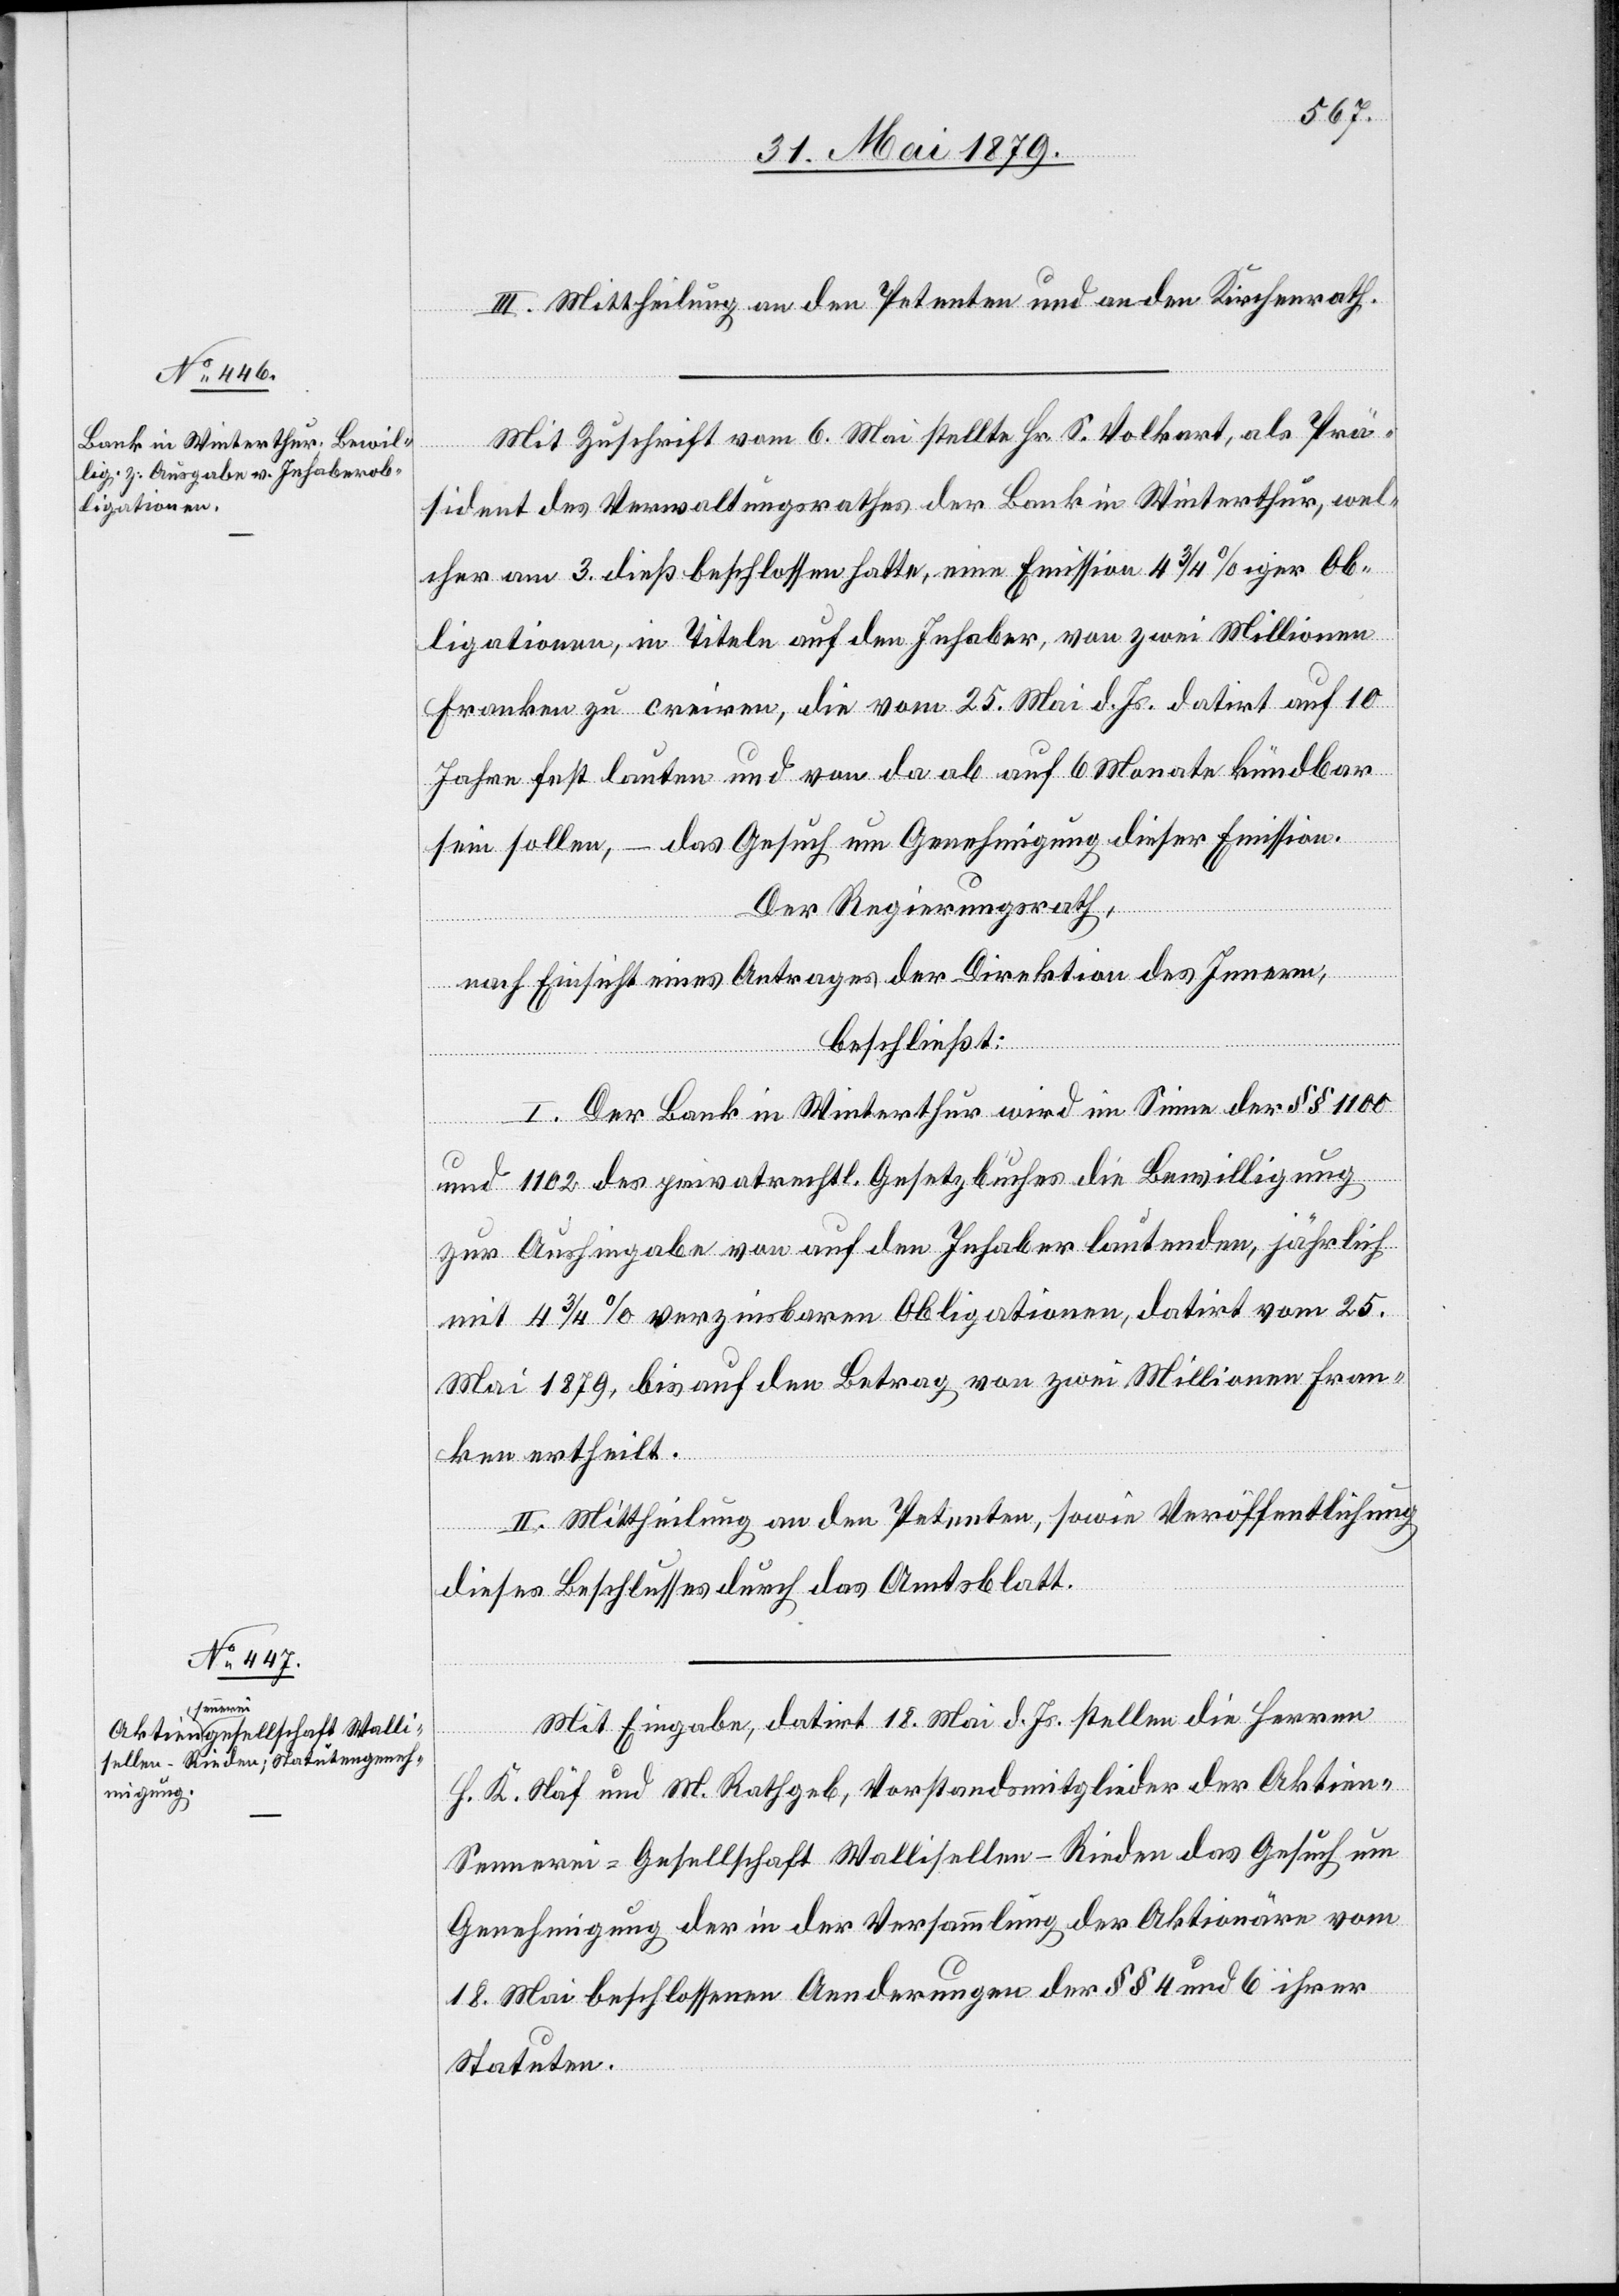
III. Mittheilung an den Petenten und an den Kirchenrath.
Mit Zuschrift vom 6. Mai stellte Hr. S. Volkart, als Prä¬
sident des Verwaltungsrathes der Bank in Winterthur, wel¬
cher am 3. dieß beschlossen hatte, eine Emission 4 3/4%iger Ob¬
ligationen, in Titeln auf den Inhaber, von zwei Millionen
Franken zu creiren, die vom 25. Mai d. Js. datirt auf 10
Jahre fest lauten und von da ab auf 6 Monate kündbar
sein sollen, – das Gesuch um Genehmigung dieser Emission.
Der Regierungsrath,
nach Einsicht eines Antrages der Direktion des Innern,
beschließt:
I. Der Bank in Winterthur wird im Sinne der §§ 1100
und 1102 des privatrechtl. Gesetzbuches die Bewilligung
zur Aushingabe von auf den Inhaber lautenden, jährlich
mit 4 3/4% verzinsbaren Obligationen, datirt vom 25.
Mai 1879, bis auf den Betrag von zwei Millionen Fran¬
ken ertheilt.
II. Mittheilung an den Petenten, sowie Veröffentlichung
dieses Beschlusses durch das Amtsblatt.
Mit Eingabe, datirt 18. Mai d. Js. stellen die Herren
H. K. Näf und M. Rathgeb, Vorstandsmitglieder der Aktien-S¬
ennerei-Gesellschaft Wallisellen-Rieden das Gesuch um
Genehmigung der in der Versammlung der Aktionäre vom
18. Mai beschlossenen Aenderungen der §§ 4 und 6 ihrer
Statuten.